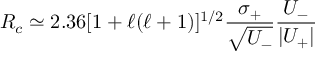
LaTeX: R _ { c } \simeq 2 . 3 6 [ 1 + \ell ( \ell + 1 ) ] ^ { 1 / 2 } \frac { \sigma _ { + } } { { \sqrt { U _ { - } } } } \frac { U _ { - } } { | U _ { + } | }